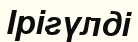
Ірігүлді